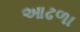
આઢળા